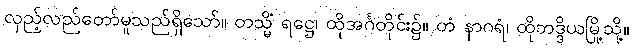
လှည့်လည်တော်မူသည်ရှိသော်။ တသ္မိံ ရဋ္ဌေ၊ ထိုအင်္ဂတိုင်း၌။ တံ နာဂရံ၊ ထိုဘဒ္ဒိယမြို့သို့။